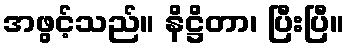
အဖွင့်သည်။ နိဋ္ဌိတာ၊ ပြီးပြီ။